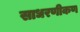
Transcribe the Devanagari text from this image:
साधरणीकण